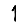
Digit: 1